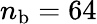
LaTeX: {n}_{\mathrm{b}}=64